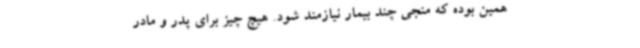
همین بوده که منجی چند بیمار نیازمند شود. هیچ‌ چیز برای پدر و مادر